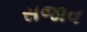
સજાવ